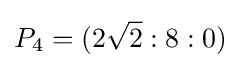
P_{4}=(2{\sqrt {2}}:8:0)